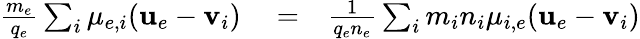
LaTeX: \begin{array}{rlr}{\frac{m_{e}}{q_{e}}\sum_{i}\mu_{e,i}(\textbf{u}_{e}-\textbf{v}_{i})}&{{}=}&{\frac{1}{q_{e}n_{e}}\sum_{i}m_{i}n_{i}\mu_{i,e}(\textbf{u}_{e}-\textbf{v}_{i})}\end{array}